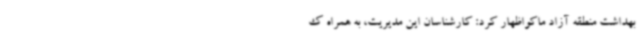
بهداشت منطقه آزاد ماکواظهار کرد: کارشناسان این مدیریت، به همراه ک